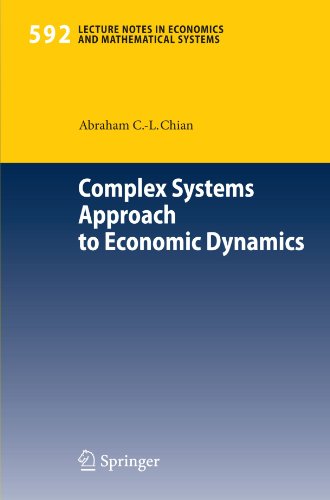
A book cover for Complex Systems Approach to Economic Dynamics (Lecture Notes in Economics and Mathematical Systems); Abraham C.-L. Chian; Science & Math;